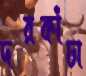
দরকাঁচা